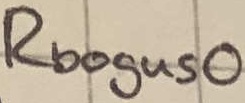
Text: Rbogus0